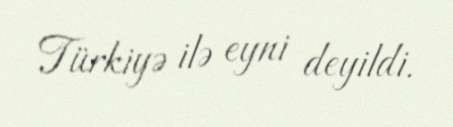
Türkiyə ilə eyni deyildi.